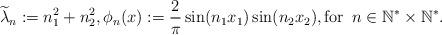
LaTeX: \begin{align*}\widetilde{\lambda}_{n} := n_{1}^2 + n_{2}^2, \phi_{n}(x) := {2 \over \pi}\sin(n_{1}x_{1})\sin(n_{2}x_{2}), \mbox{for }\, n \in {\Bbb N}^* \times {\Bbb N}^*.\end{align*}